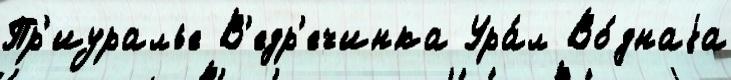
Пр'иуралье В'едр'ечинка Ура́л Во́днаjа